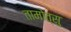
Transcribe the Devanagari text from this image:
तामोत्सु